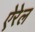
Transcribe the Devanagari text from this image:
ऐरेल